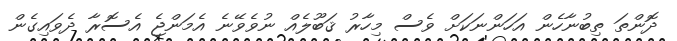
ދޮންތަ ތިބުނާހެން އަހަންނަކަށް ވެސް މިހާރު ޤަބޫލެއް ނުވެވޭނެ އެމަންޖެ އެސޮރާ ދެވައިގެން